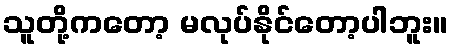
သူတို့ကတော့ မလုပ်နိုင်တော့ပါဘူး။